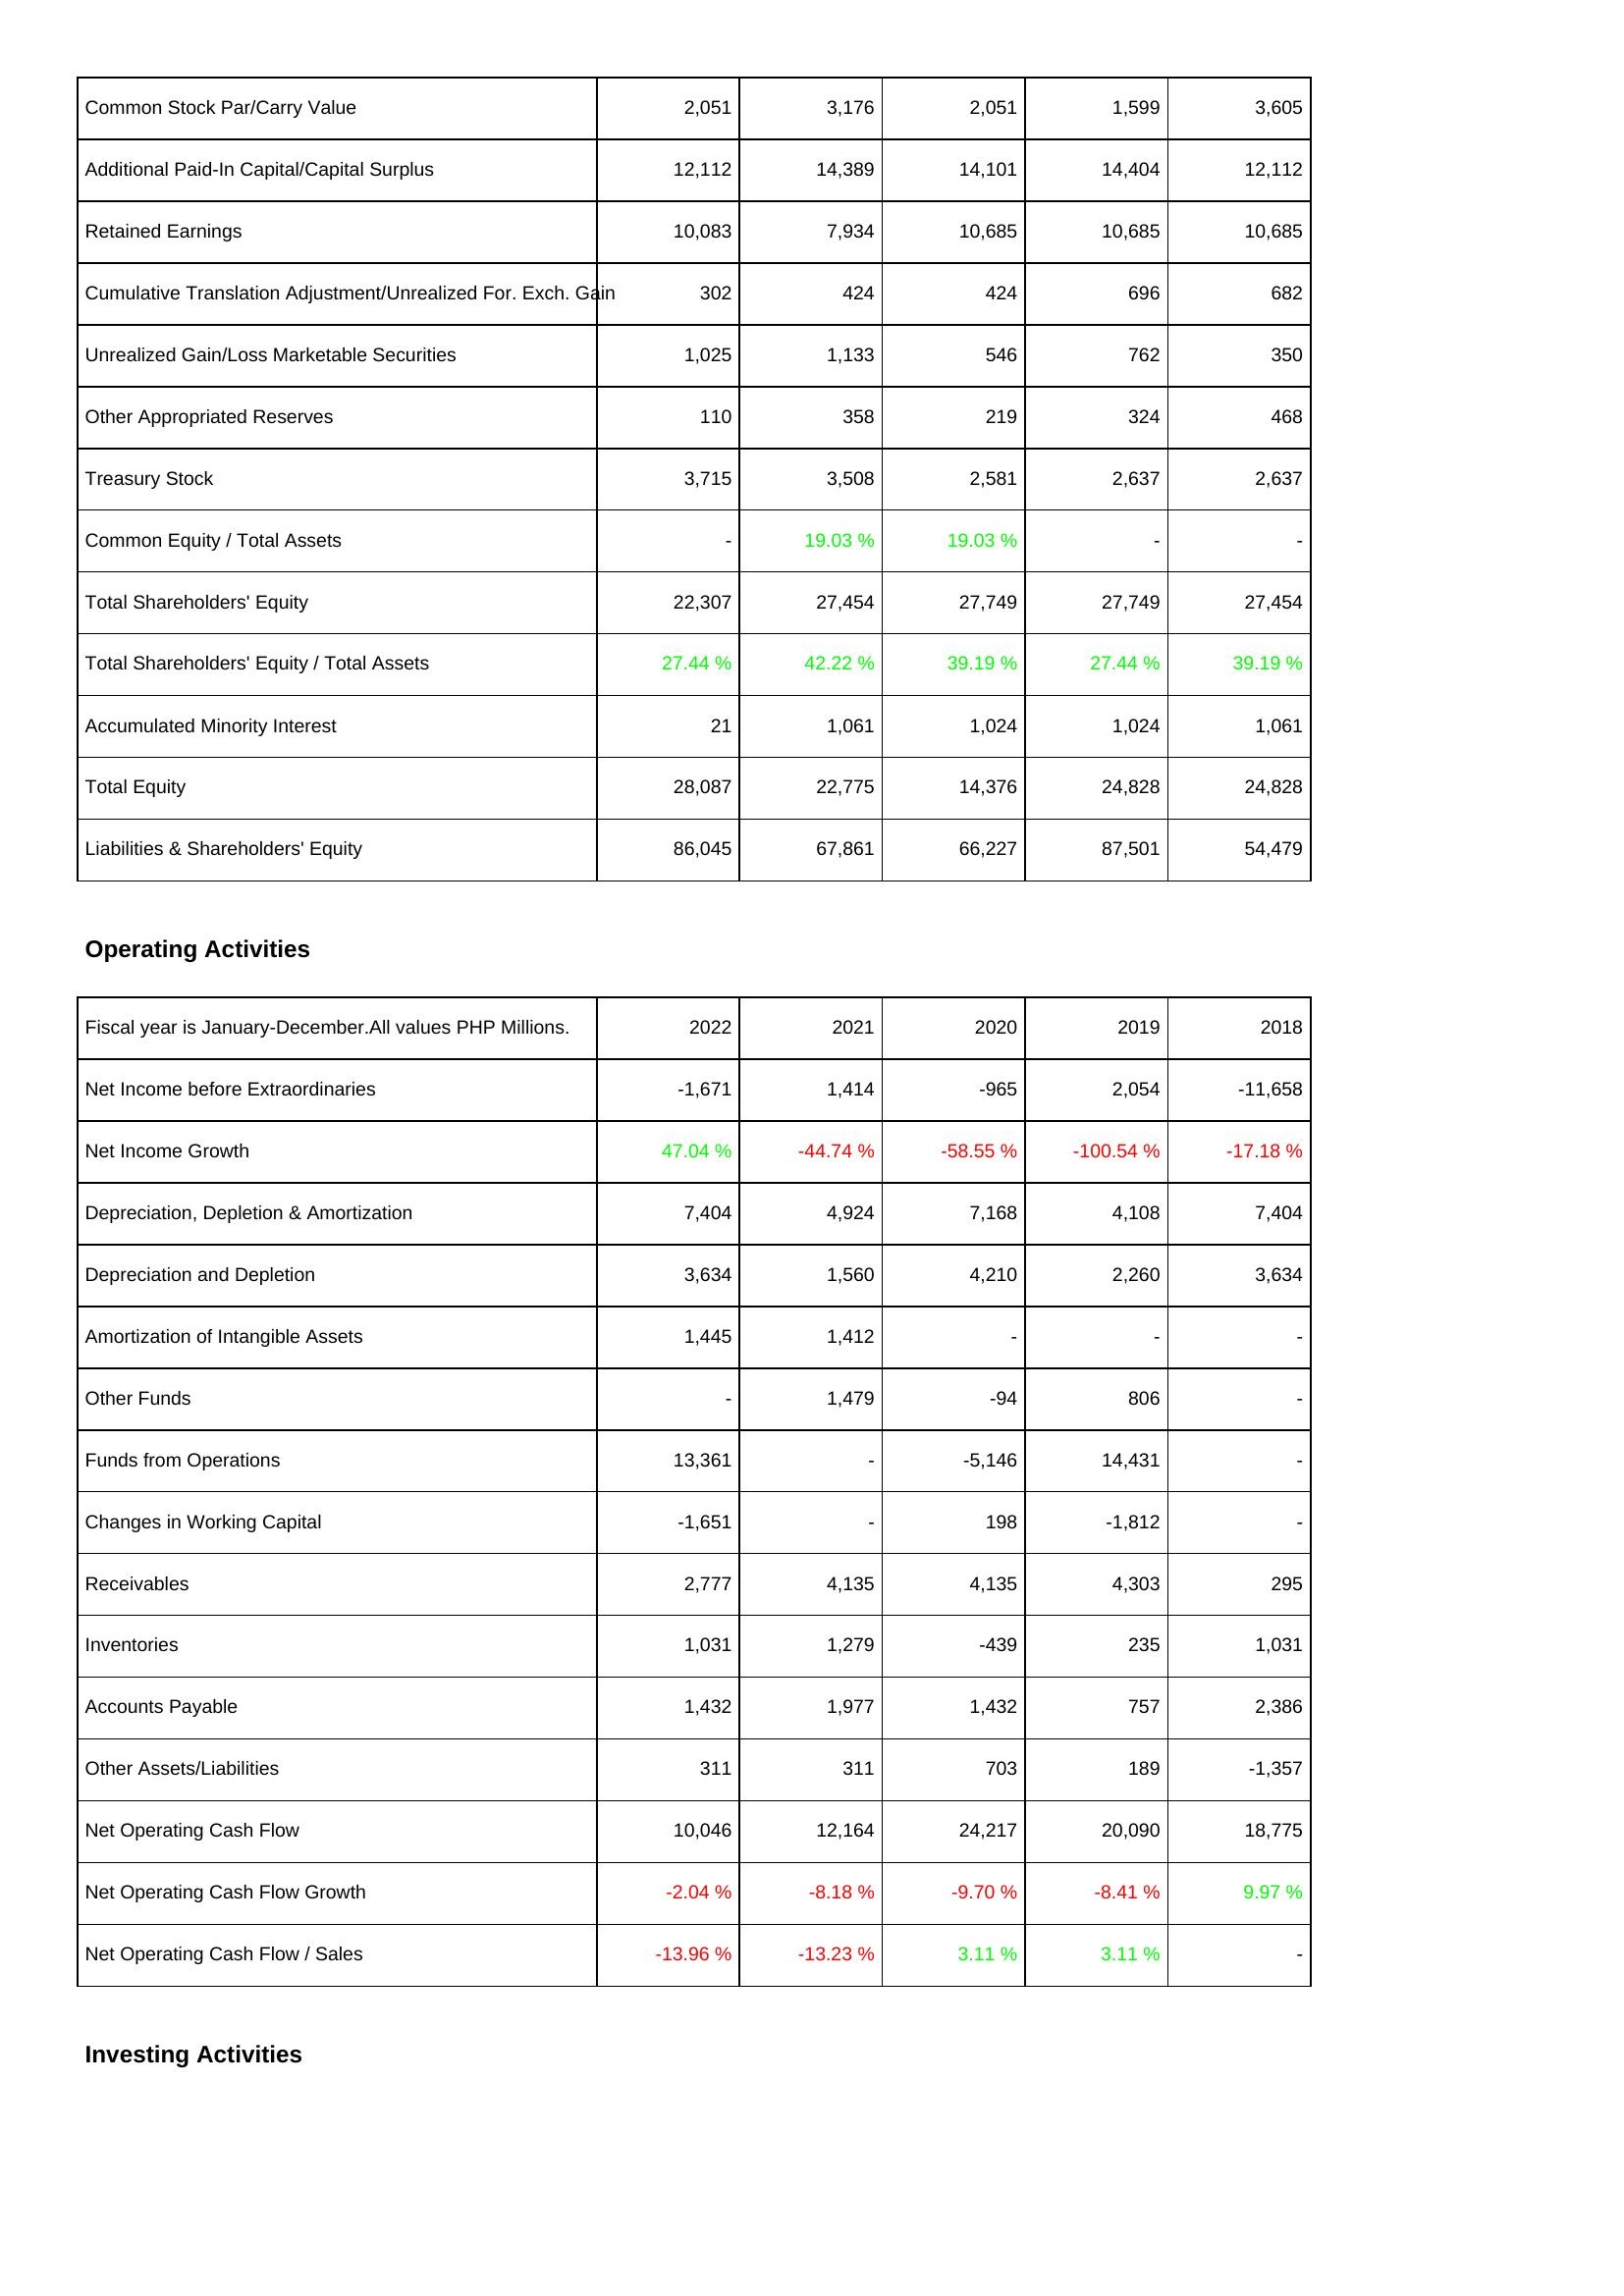
2022: Liabilities & Shareholders' Equity: Common Stock Par/Carry Value: 2,051
Additional Paid-In Capital/Capital Surplus: 12,112
Retained Earnings: 10,083
Cumulative Translation Adjustment/Unrealized For. Exch. Gain: 302
Unrealized Gain/Loss Marketable Securities: 1,025
Other Appropriated Reserves: 110
Treasury Stock: 3,715
Common Equity / Total Assets: -
Total Shareholders' Equity: 22,307
Total Shareholders' Equity / Total Assets: 27.44 %
Accumulated Minority Interest: 21
Total Equity: 28,087
Liabilities & Shareholders' Equity: 86,045
Operating Activities: Net Income before Extraordinaries: -1,671
Net Income Growth: 47.04 %
Depreciation, Depletion & Amortization: 7,404
Depreciation and Depletion: 3,634
Amortization of Intangible Assets: 1,445
Other Funds: -
Funds from Operations: 13,361
Changes in Working Capital: -1,651
Receivables: 2,777
Inventories: 1,031
Accounts Payable: 1,432
Other Assets/Liabilities: 311
Net Operating Cash Flow: 10,046
Net Operating Cash Flow Growth: -2.04 %
Net Operating Cash Flow / Sales: -13.96 %
2021: Liabilities & Shareholders' Equity: Common Stock Par/Carry Value: 3,176
Additional Paid-In Capital/Capital Surplus: 14,389
Retained Earnings: 7,934
Cumulative Translation Adjustment/Unrealized For. Exch. Gain: 424
Unrealized Gain/Loss Marketable Securities: 1,133
Other Appropriated Reserves: 358
Treasury Stock: 3,508
Common Equity / Total Assets: 19.03 %
Total Shareholders' Equity: 27,454
Total Shareholders' Equity / Total Assets: 42.22 %
Accumulated Minority Interest: 1,061
Total Equity: 22,775
Liabilities & Shareholders' Equity: 67,861
Operating Activities: Net Income before Extraordinaries: 1,414
Net Income Growth: -44.74 %
Depreciation, Depletion & Amortization: 4,924
Depreciation and Depletion: 1,560
Amortization of Intangible Assets: 1,412
Other Funds: 1,479
Funds from Operations: -
Changes in Working Capital: -
Receivables: 4,135
Inventories: 1,279
Accounts Payable: 1,977
Other Assets/Liabilities: 311
Net Operating Cash Flow: 12,164
Net Operating Cash Flow Growth: -8.18 %
Net Operating Cash Flow / Sales: -13.23 %
2020: Liabilities & Shareholders' Equity: Common Stock Par/Carry Value: 2,051
Additional Paid-In Capital/Capital Surplus: 14,101
Retained Earnings: 10,685
Cumulative Translation Adjustment/Unrealized For. Exch. Gain: 424
Unrealized Gain/Loss Marketable Securities: 546
Other Appropriated Reserves: 219
Treasury Stock: 2,581
Common Equity / Total Assets: 19.03 %
Total Shareholders' Equity: 27,749
Total Shareholders' Equity / Total Assets: 39.19 %
Accumulated Minority Interest: 1,024
Total Equity: 14,376
Liabilities & Shareholders' Equity: 66,227
Operating Activities: Net Income before Extraordinaries: -965
Net Income Growth: -58.55 %
Depreciation, Depletion & Amortization: 7,168
Depreciation and Depletion: 4,210
Amortization of Intangible Assets: -
Other Funds: -94
Funds from Operations: -5,146
Changes in Working Capital: 198
Receivables: 4,135
Inventories: -439
Accounts Payable: 1,432
Other Assets/Liabilities: 703
Net Operating Cash Flow: 24,217
Net Operating Cash Flow Growth: -9.70 %
Net Operating Cash Flow / Sales: 3.11 %
2019: Liabilities & Shareholders' Equity: Common Stock Par/Carry Value: 1,599
Additional Paid-In Capital/Capital Surplus: 14,404
Retained Earnings: 10,685
Cumulative Translation Adjustment/Unrealized For. Exch. Gain: 696
Unrealized Gain/Loss Marketable Securities: 762
Other Appropriated Reserves: 324
Treasury Stock: 2,637
Common Equity / Total Assets: -
Total Shareholders' Equity: 27,749
Total Shareholders' Equity / Total Assets: 27.44 %
Accumulated Minority Interest: 1,024
Total Equity: 24,828
Liabilities & Shareholders' Equity: 87,501
Operating Activities: Net Income before Extraordinaries: 2,054
Net Income Growth: -100.54 %
Depreciation, Depletion & Amortization: 4,108
Depreciation and Depletion: 2,260
Amortization of Intangible Assets: -
Other Funds: 806
Funds from Operations: 14,431
Changes in Working Capital: -1,812
Receivables: 4,303
Inventories: 235
Accounts Payable: 757
Other Assets/Liabilities: 189
Net Operating Cash Flow: 20,090
Net Operating Cash Flow Growth: -8.41 %
Net Operating Cash Flow / Sales: 3.11 %
2018: Liabilities & Shareholders' Equity: Common Stock Par/Carry Value: 3,605
Additional Paid-In Capital/Capital Surplus: 12,112
Retained Earnings: 10,685
Cumulative Translation Adjustment/Unrealized For. Exch. Gain: 682
Unrealized Gain/Loss Marketable Securities: 350
Other Appropriated Reserves: 468
Treasury Stock: 2,637
Common Equity / Total Assets: -
Total Shareholders' Equity: 27,454
Total Shareholders' Equity / Total Assets: 39.19 %
Accumulated Minority Interest: 1,061
Total Equity: 24,828
Liabilities & Shareholders' Equity: 54,479
Operating Activities: Net Income before Extraordinaries: -11,658
Net Income Growth: -17.18 %
Depreciation, Depletion & Amortization: 7,404
Depreciation and Depletion: 3,634
Amortization of Intangible Assets: -
Other Funds: -
Funds from Operations: -
Changes in Working Capital: -
Receivables: 295
Inventories: 1,031
Accounts Payable: 2,386
Other Assets/Liabilities: -1,357
Net Operating Cash Flow: 18,775
Net Operating Cash Flow Growth: 9.97 %
Net Operating Cash Flow / Sales: -